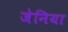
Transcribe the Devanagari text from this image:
जेनिया